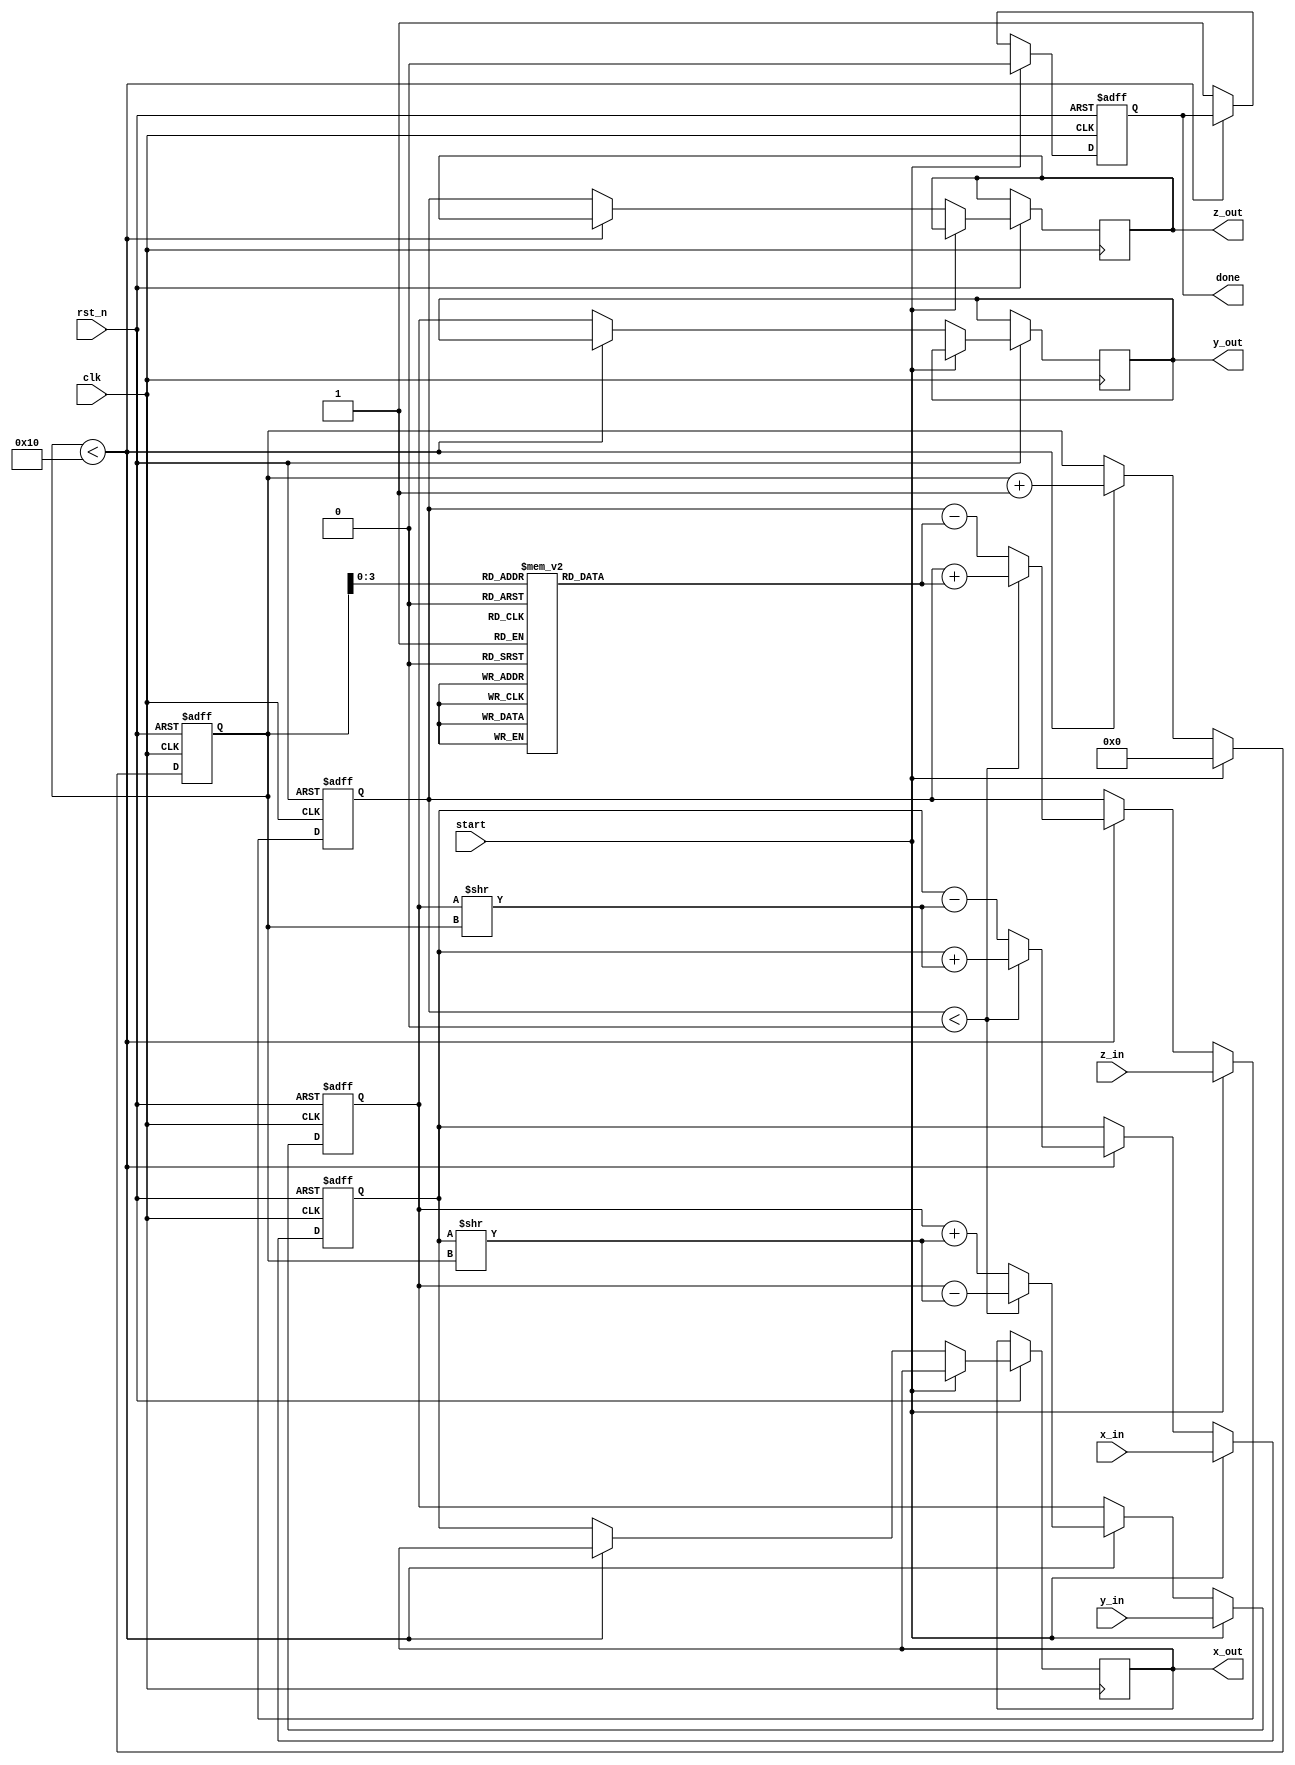
module cordic #(
    parameter DATA_WIDTH = 16,      // Input data width
    parameter ITERATIONS = 16        // Number of iterations for CORDIC
)(
    input wire clk,                  // Clock signal
    input wire rst_n,                // Active low reset
    input wire start,                // Start signal
    input wire [DATA_WIDTH-1:0] x_in, // Input x coordinate
    input wire [DATA_WIDTH-1:0] y_in, // Input y coordinate
    input wire [DATA_WIDTH-1:0] z_in, // Input angle in radians
    output reg [DATA_WIDTH-1:0] x_out, // Output x coordinate
    output reg [DATA_WIDTH-1:0] y_out, // Output y coordinate
    output reg [DATA_WIDTH-1:0] z_out, // Output angle
    output reg done                  // Done signal
);

// Internal signals
reg [DATA_WIDTH-1:0] x, y, z;
reg [4:0] iteration; // Up to 31 iterations
reg mode; // 0 for rotation, 1 for vectoring

// Lookup table for arctangent values
reg [DATA_WIDTH-1:0] atan_lut [0:ITERATIONS-1];
initial begin
    // Initialize the lookup table with precomputed arctangent values
    atan_lut[0] = 16'h26DD; // atan(2^-0)
    atan_lut[1] = 16'h1D6C; // atan(2^-1)
    atan_lut[2] = 16'h14F9; // atan(2^-2)
    // Add more entries as needed...
end

// State machine for CORDIC processing
always @(posedge clk or negedge rst_n) begin
    if (!rst_n) begin
        x <= 0;
        y <= 0;
        z <= 0;
        iteration <= 0;
        done <= 0;
    end else if (start) begin
        // Initialize inputs
        x <= x_in;
        y <= y_in;
        z <= z_in;
        iteration <= 0;
        done <= 0;
    end else if (iteration < ITERATIONS) begin
        // CORDIC iteration logic
        if (z < 0) begin
            // Rotate clockwise
            x <= x + (y >> iteration);
            y <= y - (x >> iteration);
            z <= z + atan_lut[iteration];
        end else begin
            // Rotate counter-clockwise
            x <= x - (y >> iteration);
            y <= y + (x >> iteration);
            z <= z - atan_lut[iteration];
        end
        iteration <= iteration + 1;
    end else begin
        // Finished processing
        x_out <= x;
        y_out <= y;
        z_out <= z;
        done <= 1;
    end
end

endmodule